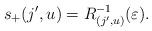
LaTeX: \begin{align*} s_+(j',u)=R_{(j',u)}^{-1}(\varepsilon).\end{align*}